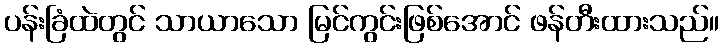
ပန်းခြံထဲတွင် သာယာသော မြင်ကွင်းဖြစ်အောင် ဖန်တီးထားသည်။